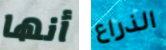
أنها الذراع